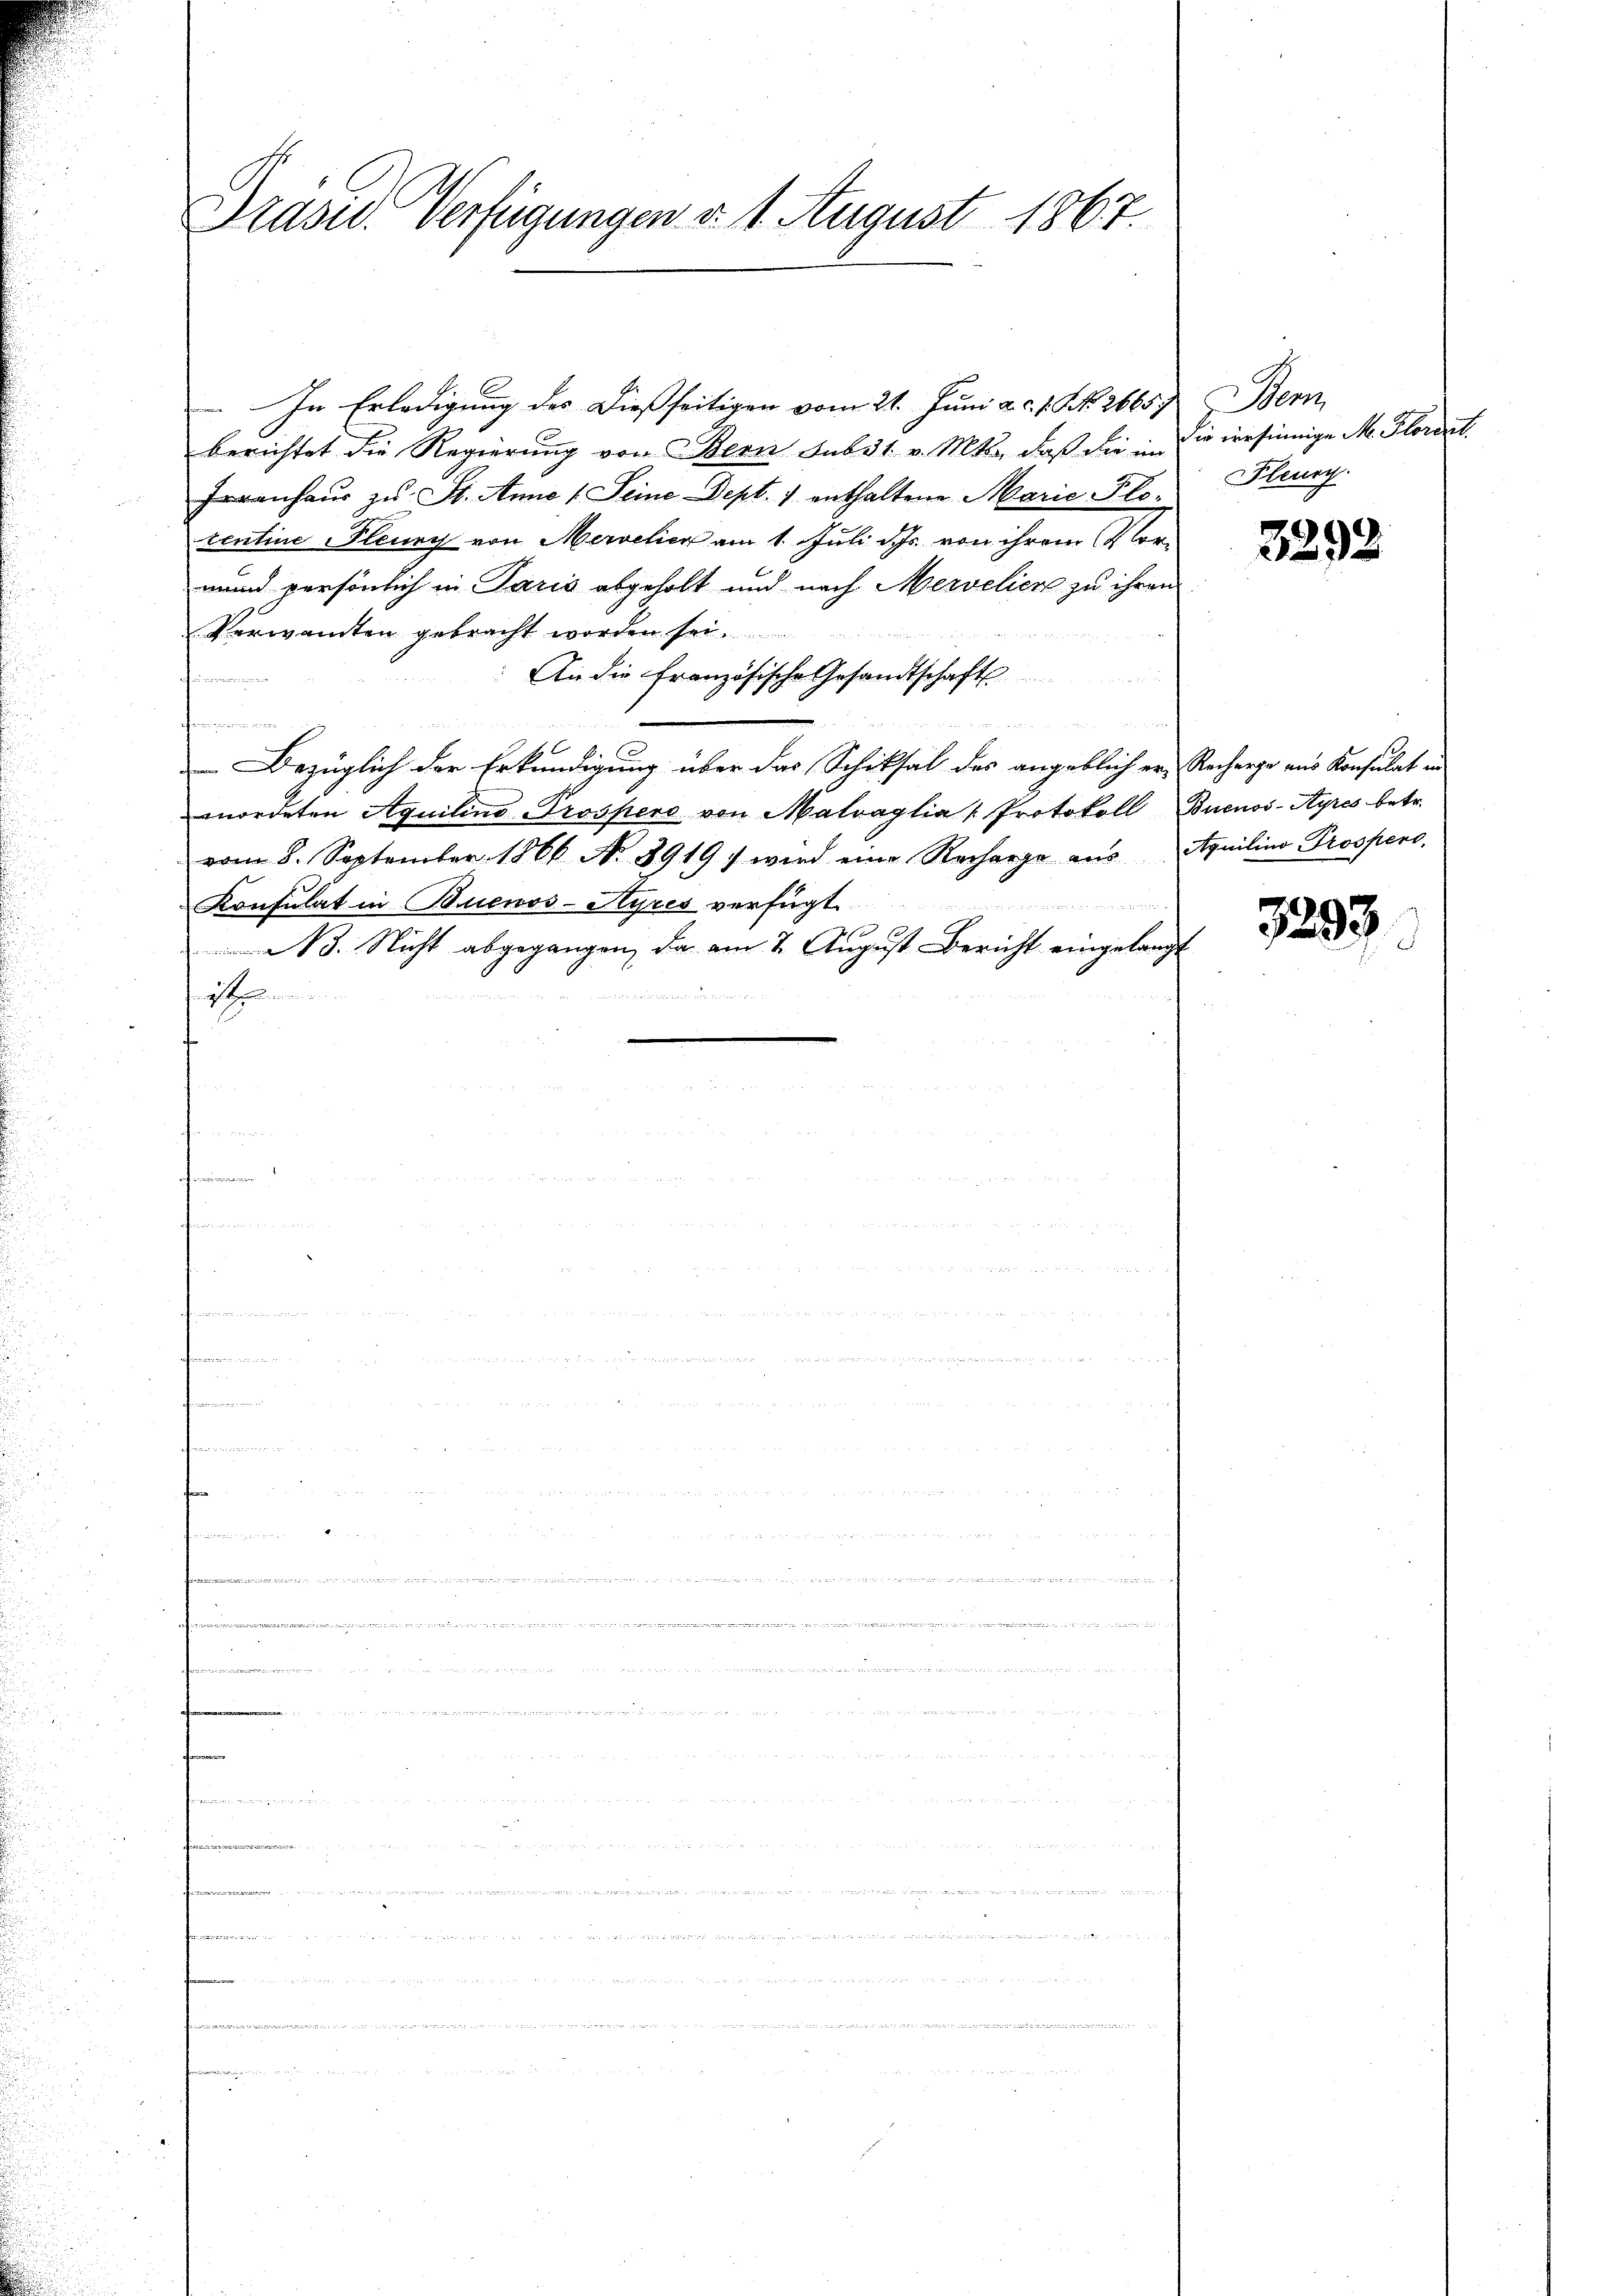
Präsid. Verfügungen v. 1. August 1867.

In Erledigung des dießseitigen vom 21. Juni a.c. s. f. 26657
berichtet die Regierung von Bern sub 31. v. Mts., daß die im
enhaus zu St. Anne (Seine Sept. 1 enthaltene Marie Plocentine leurch von Mervelier am 1. Juli d. Js. von ihrem Vormund persönlich in Paris abgeholt und nach Merveliere zu ihren
Verwandten gebracht worden sei.
An die Französische Gesandtschafts
 Inen und wenigen den die
Bezüglich der Erkundigung über das Schiksal des angeblich er- Recherge aus Konsulat in
mordeten Aquilino Prospero von Matraglia " Protokoll Buenos-Ayres betr.
vom 8. September 1866 No 8919 7 wird eine Recharge aus Aquilino Prospers

Konsulat in Buenos-Ayres verfügt
B. Nicht abgegangen, da am 2. August Bericht eingelangt
d
2
ästhelmorden.

.M. 18

. . . . .
weder der wenn in

on
die versinnige M. Floriret.
Pleury.

3292

3293